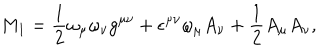
LaTeX: M _ { 1 } = \frac { 1 } { 2 } \omega _ { \mu } \omega _ { \nu } g ^ { \mu \nu } + \epsilon ^ { \mu \nu } \omega _ { \mu } A _ { \nu } + \frac { 1 } { 2 } A _ { \mu } A _ { \nu } ,